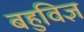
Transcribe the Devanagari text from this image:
बहुविज्ञ